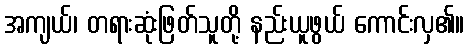
အကျယ်၊ တရားဆုံးဖြတ်သူတို့ နည်းယူဖွယ် ကောင်းလှ၏။